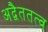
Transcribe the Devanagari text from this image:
अद्वैततत्व